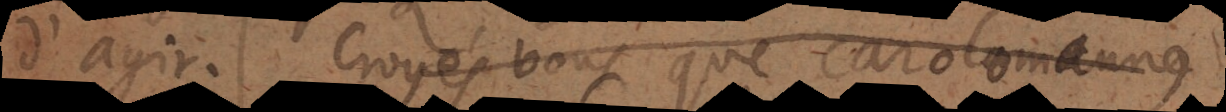
d’agir. Croyés vous, que Caroloman